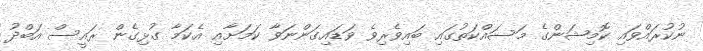
ނުކުރައްވައި ކޮމިޝަންގެ މަސައްކަތުގައި ބައިވެރިވެ ވަޑައިގަންނަވާ ކަމަށާއި އެކަމާ ގުޅިގެން ރައީސް އަބްދު